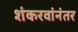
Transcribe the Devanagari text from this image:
शंकरवांनंतर